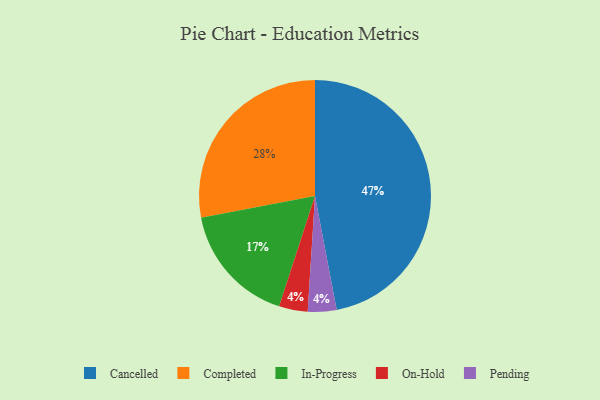
{"axis": {"x": "Category", "y": "Percentage"}, "legend": ["Cancelled", "Completed", "In-Progress", "On-Hold", "Pending"], "data": [{"x": "On-Hold", "y": 4, "type": "On-Hold"}, {"x": "In-Progress", "y": 17, "type": "In-Progress"}, {"x": "Cancelled", "y": 47, "type": "Cancelled"}, {"x": "Pending", "y": 4, "type": "Pending"}, {"x": "Completed", "y": 28, "type": "Completed"}]}